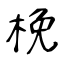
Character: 梚